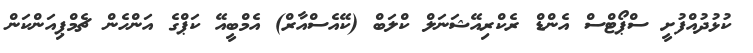
ކުޅުދުއްފުށީ ސްޕޯޓްސް އެންޑް ރެކްރިއޭޝަނަލް ކްލަބް (ކޭއެސްއާރް) އެމްބީއޭ ކަޕްގެ އަންހެން ޗެމްޕިއަންކަން